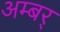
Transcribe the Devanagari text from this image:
अम्बर्